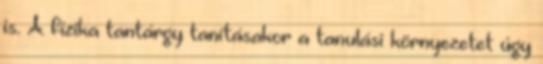
is. A fizika tantárgy tanításakor a tanulási környezetet úgy